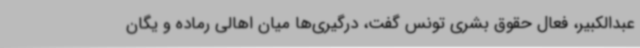
عبدالکبیر، فعال حقوق بشری تونس گفت، درگیری‌ها میان اهالی رماده و یگان